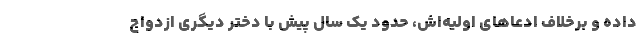
داده و بر‌خلاف ادعا‌های اولیه‌اش، حدود یک سال پیش با دختر دیگری ازدواج